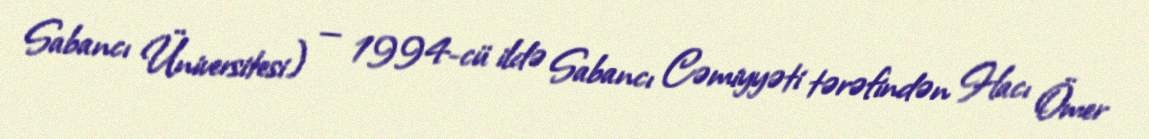
Sabancı Üniversitesi) — 1994-cü ildə Sabancı Cəmiyyəti tərəfindən Hacı Ömer